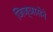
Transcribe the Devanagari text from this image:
जिज्ञासेने